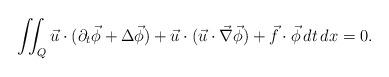
LaTeX: \begin{align*} \iint_Q \vec u\cdot(\partial_t\vec\phi+\Delta\vec\phi)+ \vec u\cdot(\vec u\cdot\vec\nabla\vec\phi)+\vec f\cdot\vec\phi \, dt\, dx=0.\end{align*}